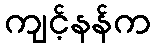
ကျင့်နန်က